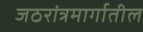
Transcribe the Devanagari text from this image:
जठरांत्रमार्गातील